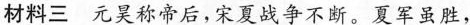
材料三 元昊称帝后，宋夏战争不断。夏军虽胜，